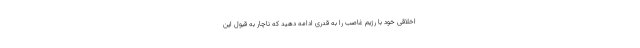
اخلاقی خود با رژیم غاصب را به قدری ادامه دهید که ناچار به قبول این